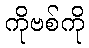
ကိုဗစ်ကို